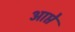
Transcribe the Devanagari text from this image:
आप्ते